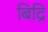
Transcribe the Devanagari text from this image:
बिद्रि